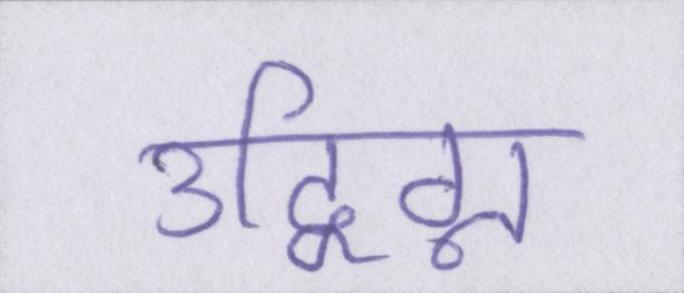
उद्विग्न